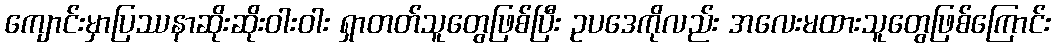
ကျောင်းမှာပြဿနာဆိုးဆိုးဝါးဝါး ရှာတတ်သူတွေဖြစ်ပြီး ဥပဒေကိုလည်း အလေးမထားသူတွေဖြစ်ကြောင်း